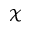
\mathcal { X }